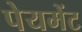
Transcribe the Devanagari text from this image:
पेयमेंट